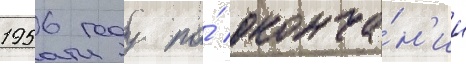
1956 году по́ оконча́н'ии